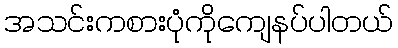
အသင်းကစားပုံကိုကျေနပ်ပါတယ်